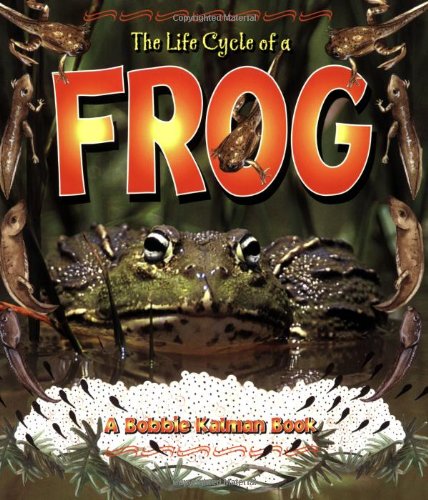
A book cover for The Life Cycle of a Frog; Bobbie Kalman; Children's Books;